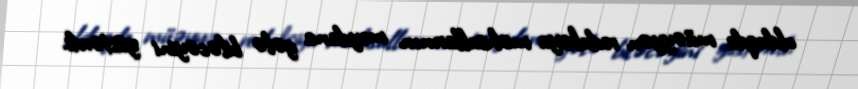
olduqda müəyyən reduksiya məhsullarının meydana gələ biləcəyini göstərdi.